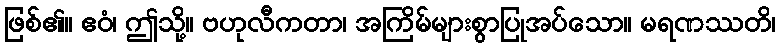
ဖြစ်၏။ ဧဝံ၊ ဤသို့။ ဗဟုလီကတာ၊ အကြိမ်များစွာပြုအပ်သော။ မရဏဿတိ၊